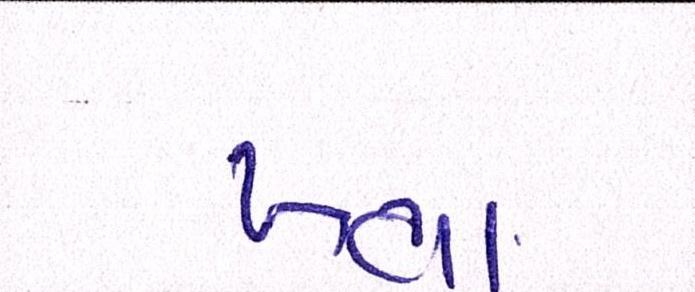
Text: ખભા